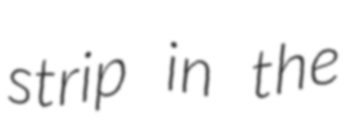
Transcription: strip in the